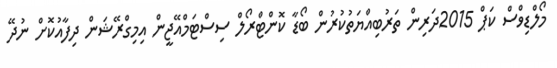
މޯލްޑިވްސް ކަޕް 2015ދަރިން ތަރުބިއްޔަތުކުރުން ބޯޑާ ކޮންޓްރޯލް ސިސްޓަމްއޭޖީން އިމިގްރޭޝަން ދިފާއުކޮށް ނުދޭ